Report of the Indian Hemp Drugs Commission, 1894-1895 - Volume IV
Year: 1894
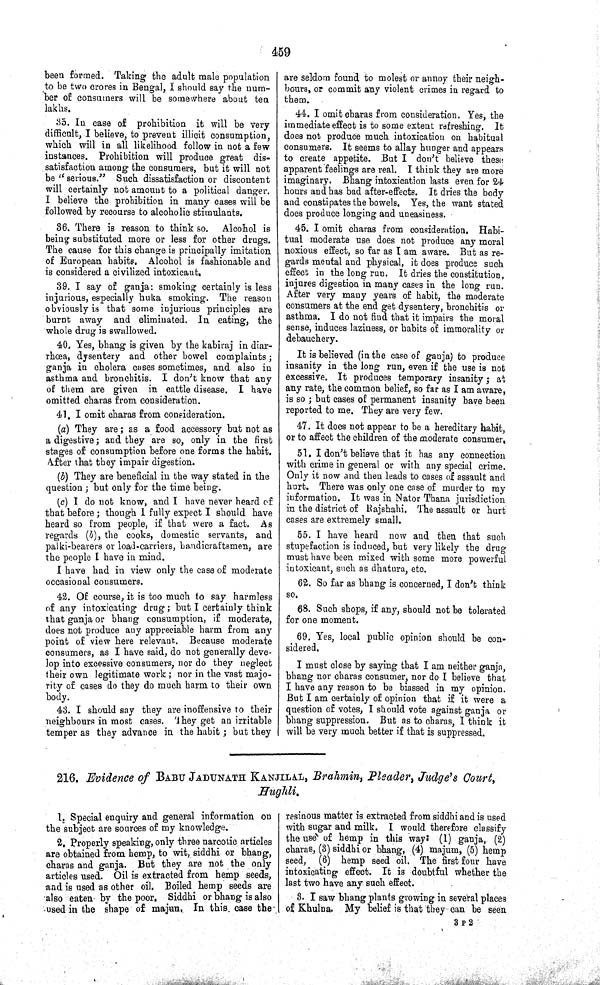
459
been formed. Taking the adult male population
to be two crores in Bengal, I should say the num-
ber of consumers will be somewhere about ten
lakhs.
35. In case of prohibition it will be very
difficult, I believe, to prevent illicit consumption,
which will in all likelihood follow in not a few
instances. Prohibition will produce great dis-
satisfaction among the consumers, but it will not
be "serious." Such dissatisfaction or discontent
will certainly not amount to a political danger.
I believe the prohibition in many cases will be
followed by recourse to alcoholic stimulants.
36. There is reason to think so. Alcohol is
being substituted more or less for other drugs.
The cause for this change is principally imitation
of European habits. Alcohol is fashionable and
is considered a civilized intoxicant.
39. I say of ganja: smoking certainly is less
injurious, especially huka smoking. The reason
obviously is that some injurious principles are
burnt away and eliminated. In eating, the
whole drug is swallowed.
40. Yes, bhang is given by the kabiraj in diar-
rhœa, dysentery and other bowel complaints;
ganja in cholera cases sometimes, and also in
asthma and bronchitis. I don't know that any
of them are given in cattle disease. I have
omitted charas from consideration.
41. I omit charas from consideration.
(a) They are; as a food accessory but not as
a digestive; and they are so, only in the first
stages of consumption before one forms the habit.
After that they impair digestion.
(b) They are beneficial in the way stated in the
question; but only for the time being.
(c) I do not know, and I have never heard of
that before; though I fully expect I should have
heard so from people, if that were a fact. As
regards (b), the cooks, domestic servants, and
palki-bearers or load-carriers, handicraftsmen, are
the people I have in mind.
I have had in view only the case of moderate
occasional consumers.
42. Of course, it is too much to say harmless
of any intoxicating drug; but I certainly think
that ganja or bhang consumption, if moderate,
does not produce any appreciable harm from any
point of view here relevant. Because moderate
consumers, as I have said, do not generally deve-
lop into excessive consumers, nor do they neglect
their own legitimate work; nor in the vast majo-
rity of cases do they do much harm to their own
body.
43. I should say they are inoffensive to their
neighbours in most cases. They get an irritable
temper as they advance in the habit; but they
are seldom found to molest or annoy their neigh-
bours, or commit any violent crimes in regard to
them.
44. I omit charas from consideration. Yes, the
immediate effect is to some extent refreshing. It
does not produce much intoxication on habitual
consumers. It seems to allay hunger and appears
to create appetite. But I don't believe these
apparent feelings are real. I think they are more
imaginary. Bhang intoxication lasts even for 24
hours and has bad after-effects. It dries the body
and constipates the bowels. Yes, the want stated
does produce longing and uneasiness.
45. I omit charas from consideration. Habi-
tual moderate use does not produce any moral
noxious effect, so far as I am aware. But as re-
gards mental and physical, it does produce such
effect in the long run. It dries the constitution,
injures digestion in many cases in the long run.
After very many years of habit, the moderate
consumers at the end get dysentery, bronchitis or
asthma. I do not find that it impairs the moral
sense, induces laziness, or habits of immorality or
debauchery.
It is believed (in the case of ganja) to produce
insanity in the long run, even if the use is not
excessive. It produces temporary insanity; at
any rate, the common belief, so far as I am aware,
is so; but cases of permanent insanity have been
reported to me. They are very few.
47. It does not appear to be a hereditary habit,
or to affect the children of the moderate consumer.
51. I don't believe that it has any connection
with crime in general or with any special crime.
Only it now and then leads to cases of assault and
hurt. There was only one case of murder to my
information. It was in Nator Thana jurisdiction
in the district of Rajshahi. The assault or hurt
cases are extremely small.
55. I have heard now and then that such
stupefaction is induced, but very likely the drug
must have been mixed with some more powerful
intoxicant, such as dhatura, etc.
62. So far as bhang is concerned, I don't think
so.
68. Such shops, if any, should not be tolerated
for one moment.
69. Yes, local public opinion should be con-
sidered.
I must close by saying that I am neither ganja,
bhang nor charas consumer, nor do I believe that
I have any reason to be biassed in my opinion.
But I am certainly of opinion that if it were a
question of votes, I should vote against ganja or
bhang suppression. But as to charas, I think it
will be very much better if that is suppressed.
216. Evidence of BABU JADUNATH KANJILAL, Brahmin, Pleader, Judge's Court,
Hughli.
1. Special enquiry and general information on
the subject are sources of my knowledge.
2. Properly speaking, only three narcotic articles
are obtained from hemp, to wit, siddhi or bhang,
charas and ganja. But they are not the only
articles used. Oil is extracted from hemp seeds,
and is used as other oil. Boiled hemp seeds are
also eaten by the poor. Siddhi or bhang is also
used in the shape of majun. In this case the
resinous matter is extracted from siddhi and is used
with sugar and milk. I would therefore classify
the use of hemp in this way: (1) ganja, (2)
charas, (3) siddhi or bhang, (4) majum, (5) hemp
seed, (6) hemp seed oil. The first four have
intoxicating effect. It is doubtful whether the
last two have any such effect.
3. I saw bhang plants growing in several places
of Khulna. My belief is that they can be seen
3 P 2